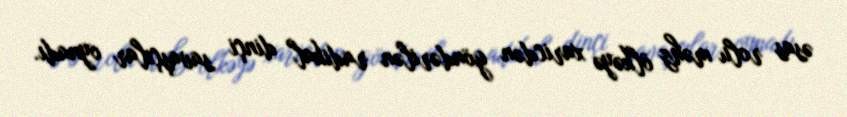
əsas rolu məhz ölkəyə xaricdən göndərilən radikal dinçi savaşçılar oynadı.